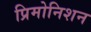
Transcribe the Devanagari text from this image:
प्रिमोनिशन